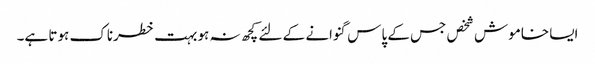
ایسا خاموش شخص جس کے پاس گنوانے کے لئے کچھ نہ ہو بہت خطرناک ہوتا ہے۔